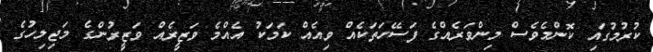
ކުރުމުގައި ކޮންމެވެސް މިންވަރެއްގެ ފަސޭހަތަކެއް ވިއެއް ކަމަކު އެއްމެ ވަޒީރެއް ވަޒީރުންގެ މަޖިލިހުގެ